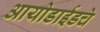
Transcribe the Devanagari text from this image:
आयोडाईडचे